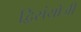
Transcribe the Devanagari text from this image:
द्विसंयोजी